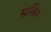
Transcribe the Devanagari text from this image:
साकिर